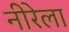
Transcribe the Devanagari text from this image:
नीरेला